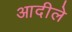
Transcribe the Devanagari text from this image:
आदीले